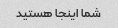
شما اینجا هستید